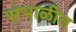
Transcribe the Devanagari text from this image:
संभाळीत